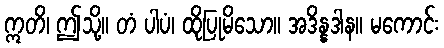
ဣတိ၊ ဤသို့။ တံ ပါပံ၊ ထိုပြုမိသော။ အဒိန္နဒါန။ မကောင်း